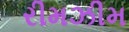
રીમઝીમ